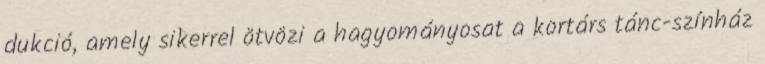
dukció, amely sikerrel ötvözi a hagyományosat a kortárs tánc-színház